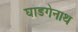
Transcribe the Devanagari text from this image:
घाडगेनाथ